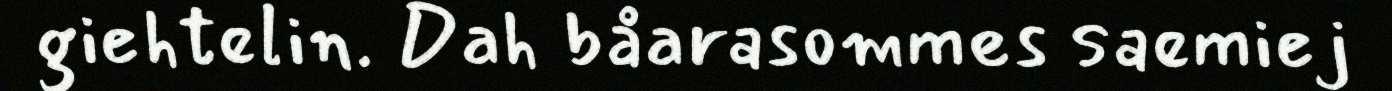
giehtelin. Dah båarasommes saemiej